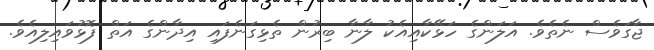
ޖާގަވެސް ނެތެވެ. އަލަންގެ ހަޅޭކާއިއެކު ލާނާ ބިރުން ތެޅިގަނެފައި އިދާންގެ އަތް ފޮޅުވައިލިއެވެ.